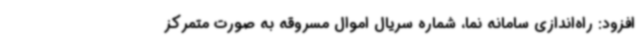
افزود: راه‌اندازی سامانه نما، شماره سریال اموال مسروقه به صورت متمرکز